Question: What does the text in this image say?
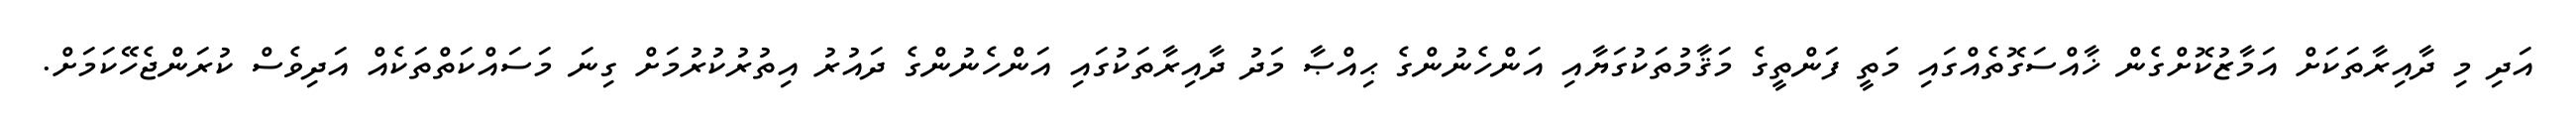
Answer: އަދި މި ދާއިރާތަކަށް އަމާޒުކޮށްގެން ޚާއްސަގޮތެއްގައި މަތީ ފަންތީގެ މަޤާމުތަކުގަޔާއި އަންހެނުންގެ ޙިއްޞާ މަދު ދާއިރާތަކުގައި އަންހެނުންގެ ދައުރު އިތުރުކުރުމަށް ގިނަ މަސައްކަތްތަކެއް އަދިވެސް ކުރަންޖެހޭކަމަށް.